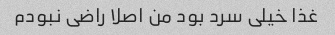
غذا خیلی سرد بود من اصلا راضی نبودم